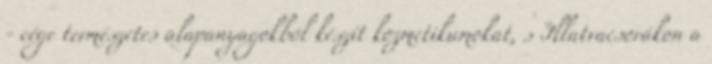
- cége természetes alapanyagokból készít kozmetikumokat, s Illatvacsorákon a